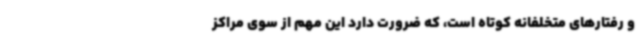
و رفتارهای متخلفانه کوتاه است، که ضرورت دارد این مهم از سوی مراکز